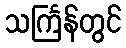
သင်္ကြန်တွင်